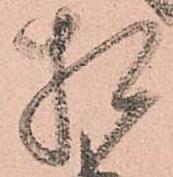
相